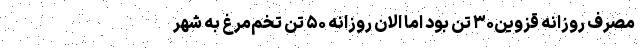
مصرف روزانه قزوین۳۰ تُن بود اما الان روزانه ۵۰ تُن تخم‌مرغ به شهر